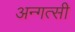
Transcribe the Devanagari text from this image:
अन्गत्सी